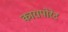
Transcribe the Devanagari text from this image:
कारापोरेट